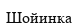
Шойинка